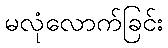
မလုံလောက်ခြင်း